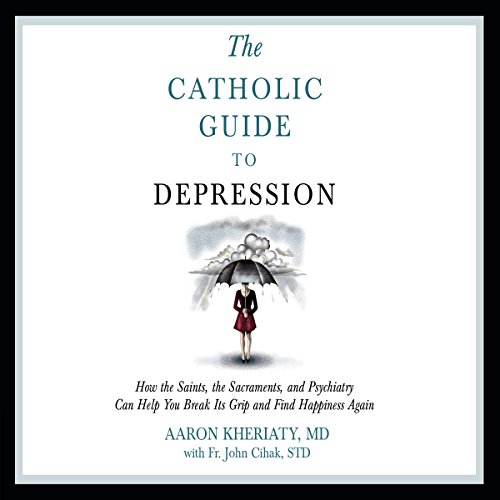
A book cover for Catholic Guide to Depression; Aaron Kheriaty; Christian Books & Bibles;